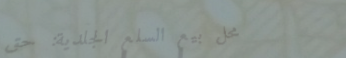
محل بيع السلع الجلدية: حق